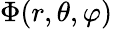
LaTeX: \Phi(r,\theta,\varphi)